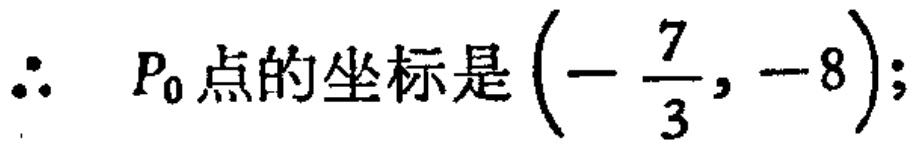
\(\therefore\  P_0点的坐标是\left(-\frac{7}{3}, -8\right);\)